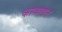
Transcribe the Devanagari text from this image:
काव्यागत